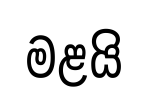
මළයි